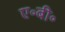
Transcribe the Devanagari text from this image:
ए॰बी॰